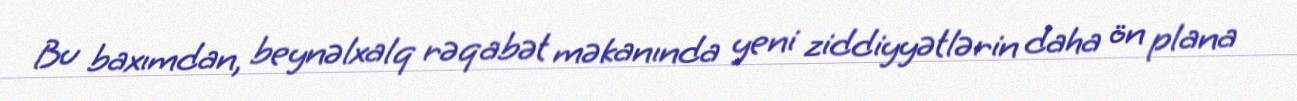
Bu baxımdan, beynəlxalq rəqabət məkanında yeni ziddiyyətlərin daha ön plana